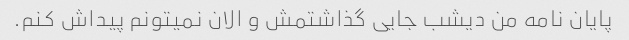
پایان نامه من دیشب جایی گذاشتمش و الان نمیتونم پیداش کنم.